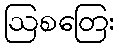
ဩစတြေး